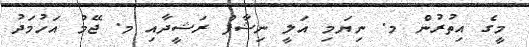
މީގެ އިތުރުން މ. ނިޔަމި އަލީ ނިޝާފް ރަޝީދާއި މ. ޖޭމު އަހުމަދު